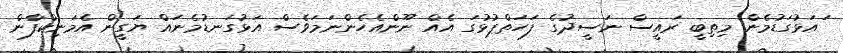
ަައަޅުގަޑުމެން މިތިބީ ރައީސް ނަސީދުގެ ފަހަތްޕުޅުގަ އެއް ނޫންއެހެންނަމަވެސް އަޅުގަނޑުމެނައް ޔަގީން އެމަނިކްފާން